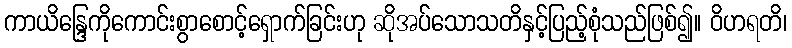
ကာယိန္ဒြေကိုကောင်းစွာစောင့်ရှောက်ခြင်းဟု ဆိုအပ်သောသတိနှင့်ပြည့်စုံသည်ဖြစ်၍။ ဝိဟရတိ၊